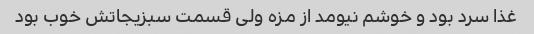
غذا سرد بود و خوشم نیومد از مزه ولی قسمت سبزیجاتش خوب بود